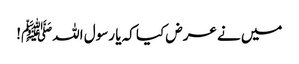
میں نے عرض کیا کہ یا رسول اللہﷺ!